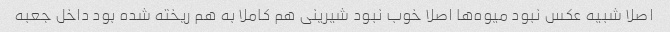
اصلا شبیه عکس نبود میوه‌ها اصلا خوب نبود شیرینی هم کاملا به هم ریخته شده بود داخل جعبه